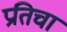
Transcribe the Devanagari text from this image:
प्रतिचा